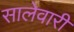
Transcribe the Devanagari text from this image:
सालेवारी